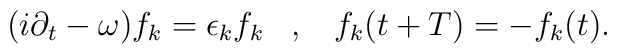
(i\partial _{t}-\omega )f_{k}=\epsilon _{k}f_{k}\; \; \; ,\; \; \; f_{k}(t+T)=-f_{k}(t).